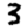
Digit: 3